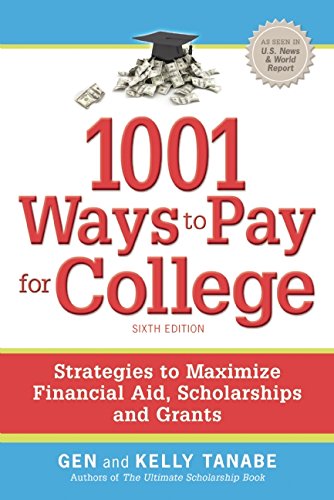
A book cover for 1001 Ways to Pay for College: Strategies to Maximize Financial Aid, Scholarships and Grants; Gen Tanabe; Business & Money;